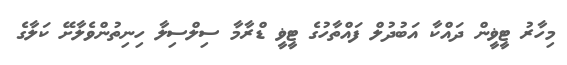
މިހާރު ޓީޥީން ދައްކާ އަބުދުލް ފައްތާހުގެ ޓީޥީ ޑްރާމާ ސިލްސިލާ ހިނިތުންވެލާށޭ ކަލާގެ